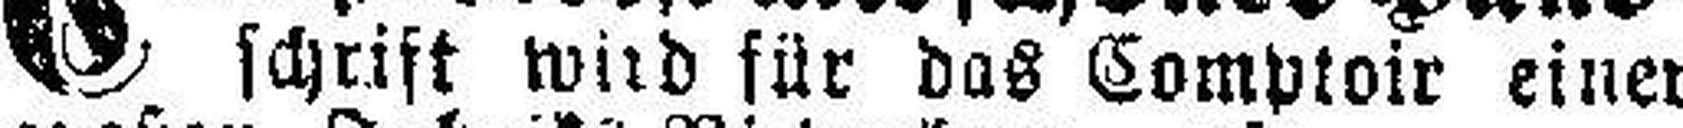
schrift wird für das Comptoir einer